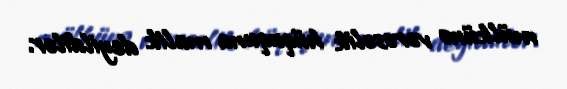
mülkünə vərəsəlik hüququna malik deyildilər.